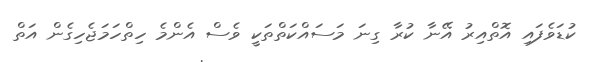
ކުޑަވެފައި އޮތްއިރު އޭނާ ކުރާ ގިނަ މަސައްކަތްތަކީ ވެސް އެންމެ ހިތްހަމަޖެހިގެން އަތް